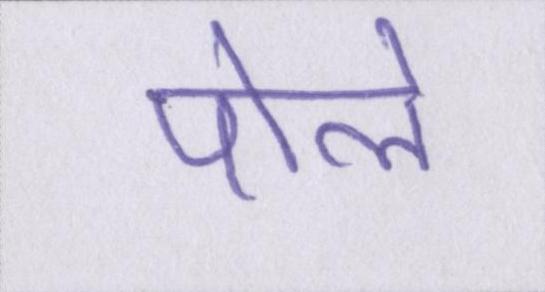
पोले